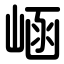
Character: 崡